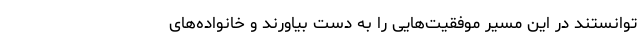
توانستند در این مسیر موفقیت‌هایی را به دست بیاورند و خانواده‌های